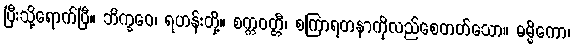
ပြီးသို့ရောက်ပြီ။ ဘိက္ခဝေ၊ ရဟန်းတို့။ စက္ကဝတ္တီ၊ စကြာရတနာကိုလည်စေတတ်သော။ ဓမ္မိကော၊